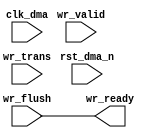
module test (
input		clk_dma,
input		rst_dma_n,

input		wr_valid,
input		wr_trans,
input		wr_flush,

output		wr_ready);

wire   buf_wr_wstrb;

assign buf_wr_wstrb = wr_ready && wr_valid;
assign wr_ready = wr_flush ;

endmodule